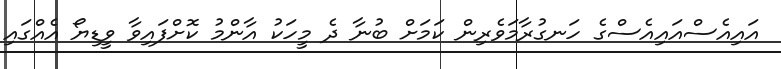
އައިއެސްއައިއެސްގެ ހަނގުރާމަވެރިން ކަމަށް ބުނާ ދެ މީހަކު އާންމު ކޮށްފައިވާ ވީޑިޔޯ އެއްގައި